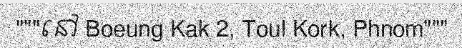
"""នៅ Boeung Kak 2, Toul Kork, Phnom"""